Indian journal of veterinary science and animal husbandry - Volumes 15-17, 1948-1951
Year: 1948
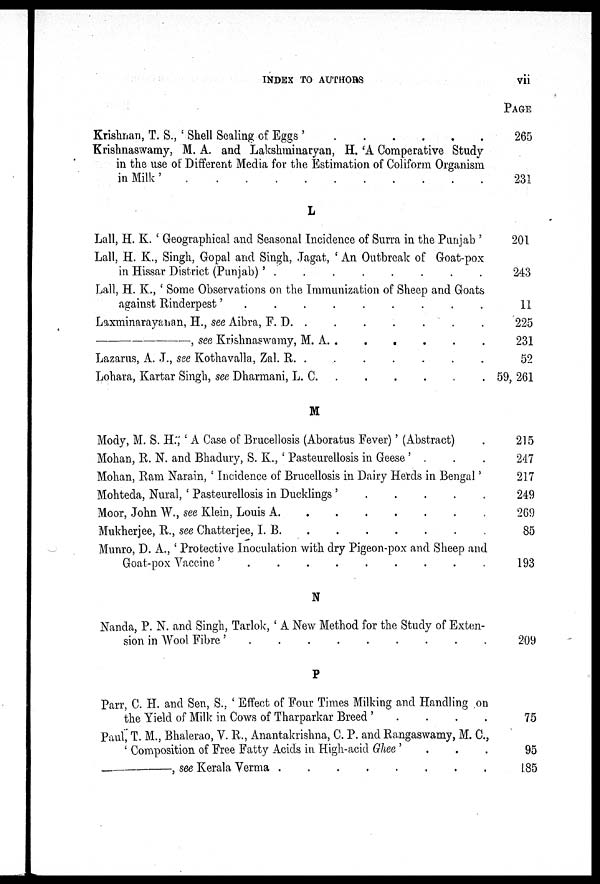
INDEX TO AUTHORS
vii
Krishnan, T. S., ' Shell Scaling of Eggs ' . . . . . .
Krishnaswamy, M. A. and Lakshminaryan, H. 'A Comperative Study
in the use of Different Media for the Estimation of Coliform Organism
in Milk '
.
.
.
.
.
.
.
.
.
.
.
L
Lall, H. K. ' Geographical and Seasonal Incidence of Surra in the Punjab '
Lall, H. K., Singh, Gopal and Singh, Jagat, ' An Outbreak of Goat-pox
in Hissar District (Punjab) '
.
.
.
.
.
.
.
.
Lall, H. K., ' Some Observations on the Immunization of Sheep and Goats
against Rinderpest '
.
.
.
.
.
.
.
.
.
Laxminarayanan, H., see Aibra, F.
D.
.
.
.
.
.
.
—,
see Krishnaswamy, M. A. . . . . . .
Lazarus, A. J., see Kothavalla, Zal.
R.
.
.
.
.
.
.
Lohara, Kartar Singh, see Dharmani, L. C. . . . . . .
M
Mody, M. S. H., ' A Case of Brucellosis (Aboratus Fever)' (Abstract) .
Mohan, R. N. and Bhadury, S. K., ' Pasteurellosis in Geese ' . . .
Mohan, Ram Narain, ' Incidence of Brucellosis in Dairy Herds in Bengal '
Mohteda, Nural, ' Pasteurellosis in Ducklings '
.
.
.
.
.
Moor, John W., see Klein, Louis A.
.
.
.
.
.
.
.
Mukherjee, R., see Chatterjee, I. B. . . . . . . .
Munro, D. A., ' Protective Inoculation with dry Pigeon-pox and Sheep and
Goat-pox Vaccine '
.
.
.
.
.
.
.
.
.
N
Nanda, P. N. and Singh, Tarlok, ' A New Method for the Study of Exten-
sion in Wool Fibre'
.
.
.
.
.
.
.
.
.
P
Parr, C. H. and Sen, S., ' Effect of Four Times Milking and Handling on
the Yield of Milk in Cows of Tharparkar Breed ' . . . .
Paul, T. M., Bhalerao, V. R., Anantakrishna, C. P. and Rangaswamy, M. C.,
' Composition of Free Fatty Acids in High-acid Ghee ' . . .
—,
see Kerala Verma
.
.
.
.
.
.
.
.
PAGE
265
231
201
243
11
225
231
52
59, 261
215
247
217
249
269
85
193
209
75
95
185